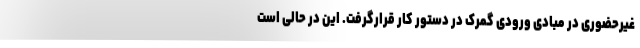
غیرحضوری در مبادی ورودی گمرک در دستور کار قرارگرفت. این در حالی است